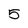
Character: 5